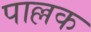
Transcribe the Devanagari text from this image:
पाल्लक